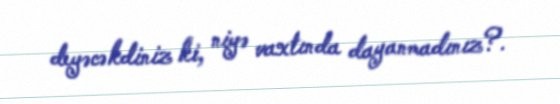
deyəcəkdiniz ki, niyə vaxtında dayanmadınız?.